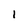
Character: l